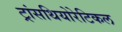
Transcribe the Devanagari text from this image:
ट्रांसथियोरेटिकल